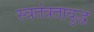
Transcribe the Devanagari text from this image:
स्वतंत्रतायुद्ध